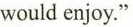
would enjoy."